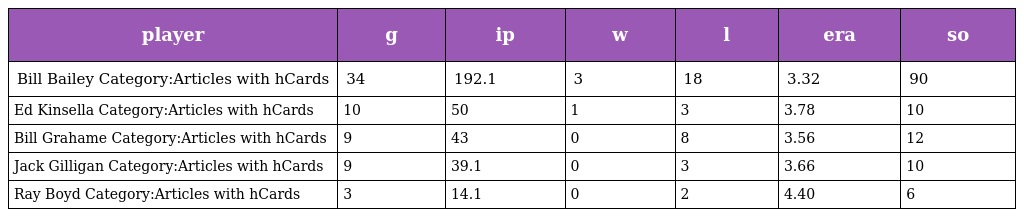
| player | g | ip | w | l | era | so |
 | --- | --- | --- | --- | --- | --- | --- |
 | Bill Bailey Category:Articles with hCards | 34 | 192.1 | 3 | 18 | 3.32 | 90 |
 | Ed Kinsella Category:Articles with hCards | 10 | 50 | 1 | 3 | 3.78 | 10 |
 | Bill Grahame Category:Articles with hCards | 9 | 43 | 0 | 8 | 3.56 | 12 |
 | Jack Gilligan Category:Articles with hCards | 9 | 39.1 | 0 | 3 | 3.66 | 10 |
 | Ray Boyd Category:Articles with hCards | 3 | 14.1 | 0 | 2 | 4.40 | 6 |